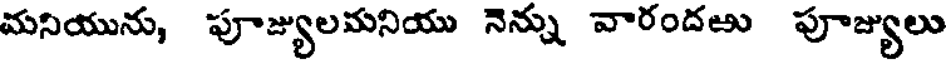
మనియును, పూజ్యులమనియు నెన్ను వారందఱు పూజ్యులు